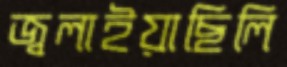
জ্বলাইয়াছিলি